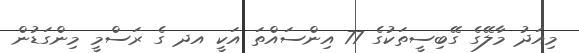
މިއަދު މާލޭގެ ގޭބިސީތަކުގެ 77 އިންސައްތަ އަކީ އދ ގެ ރަސްމީ މިންގަޑުން